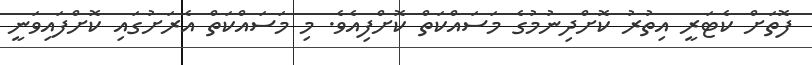
ފޮތަށް ކެޓަރީ އިތުރު ކޮށްދިނުމުގެ މަސައްކަތް ކޮށްފިއެވެ. މި މަސައްކަތް އެރަށުގައި ކޮށްފައިވަނީ